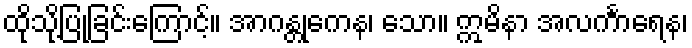
ထိုသို့ပြုခြင်းကြောင့်။ အာဂန္တုကေန၊ သော။ ဣမိနာ အလင်္ကာရေန၊